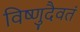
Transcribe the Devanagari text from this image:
विष्णुदैवतं